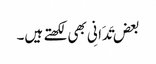
بعض تَدَانِی بھی لکھتے ہیں۔